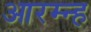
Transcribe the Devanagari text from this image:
आरम्न्ह